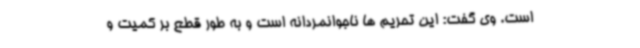
است. وی گفت: این تحریم ها ناجوانمردانه است و به طور قطع بر کمیت و